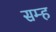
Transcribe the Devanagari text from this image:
सम्ह